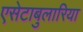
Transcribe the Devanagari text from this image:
एसेटाबुलारिया